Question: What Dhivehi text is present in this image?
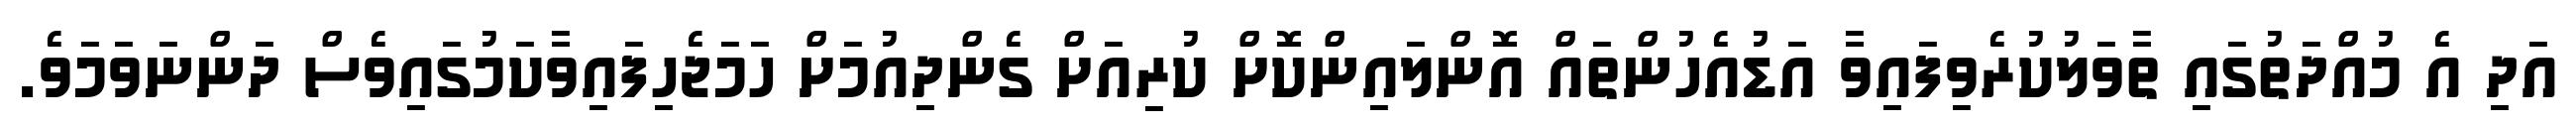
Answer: އަދި އެ މުއްދަތުގައި ތާވަލުކުރެވިފައިވާ އަޑުއެހުންތައް އޮންލައިންކޮށް ކުރިއަށް ގެންދިއުމަށް ހަމަޖެހިފައިވާކަމުގައިވެސް ދަންނަވަމަވެ.